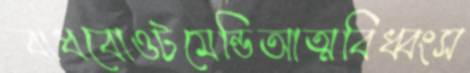
বাধবোওটমেন্ডিআত্মবিধ্বংস